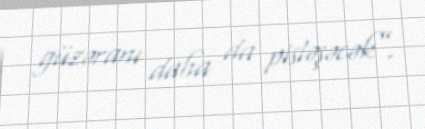
güzəranı daha da pisləşəcək”.